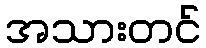
အသားတင်